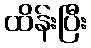
ထိန်းပြီး